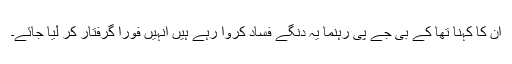
ان کا کہنا تھا کے بی جے پی رہنما یہ دنگے فساد کروا رہے ہیں انہیں فوراً گرفتار کر لیا جائے۔